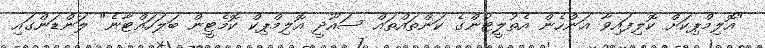
"އޮލިމްޕިކަށް ކޮލިފައިވާ އަންހެން އެތުލީޓުންގެ ކަންތައްތައް ސައޫދީ އޮލިމްޕިކް ކޮމެޓީން ބަލަހައްޓާނެ" ލަންޑަންގައި